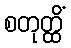
စတုတ္ထိံ